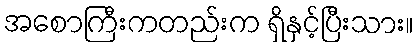
အစောကြီးကတည်းက ရှိနှင့်ပြီးသား။